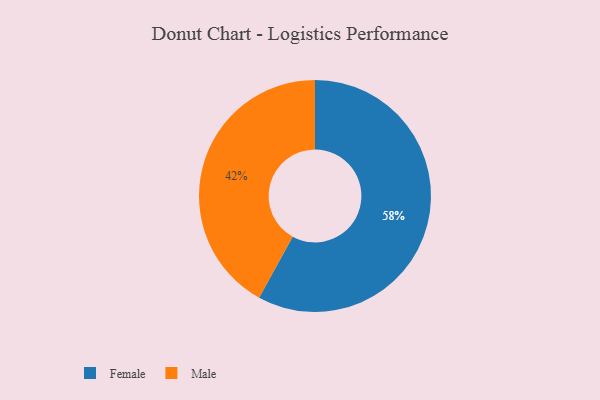
{"axis": {"x": "Category", "y": "Percentage"}, "legend": ["Female", "Male"], "data": [{"x": "Male", "y": 42, "type": "Male"}, {"x": "Female", "y": 58, "type": "Female"}]}